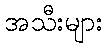
အသီးများ